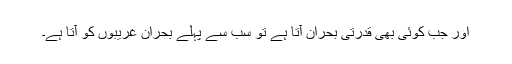
اور جب کوئی بھی قدرتی بحران آتا ہے تو سب سے پہلے بحران غریبوں کو آتا ہے۔